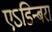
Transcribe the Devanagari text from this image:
एऽडिन्बरा